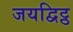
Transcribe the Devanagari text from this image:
जयद्विट्ठ